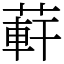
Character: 蓒